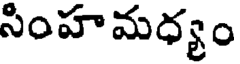
సింహమధ్యం